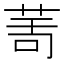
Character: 𦯗